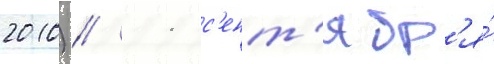
2010) // 11 с'ент'ябр'я́